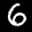
Label: 6